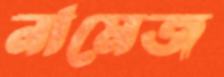
নামেজ